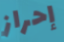
إحراز